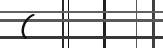
(